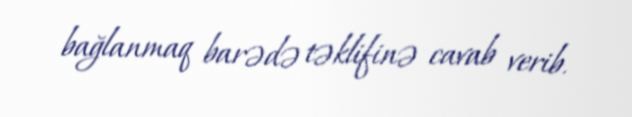
bağlanmaq barədə təklifinə cavab verib.